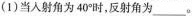
(1)当人射角为40°时，反射角为___。